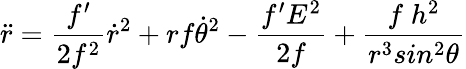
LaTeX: \ddot{r}=\frac{f^{\prime}}{2f^{2}}\dot{r}^{2}+rf\dot{\theta}^{2}-\frac{f^{\prime}E^{2}}{2f}+\frac{f\; h^{2}}{r^{3}sin^{2}\theta}